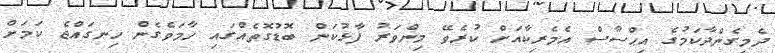
ދެމިގެންދާކަމުގެ އިޙްސާސް އެމެރިކާއަށް ކުރެވޭ މިންވަރު ފާޅުކަން ބޮޑުގޮތެއްގައި ހާމަވެގެން ހިނގައްޖެ ކަމަށް